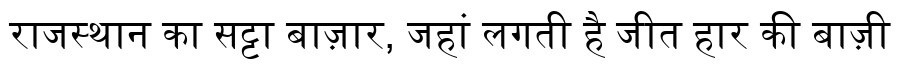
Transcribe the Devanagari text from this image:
राजस्थान का सट्टा बाज़ार, जहां लगती है जीत हार की बाज़ी